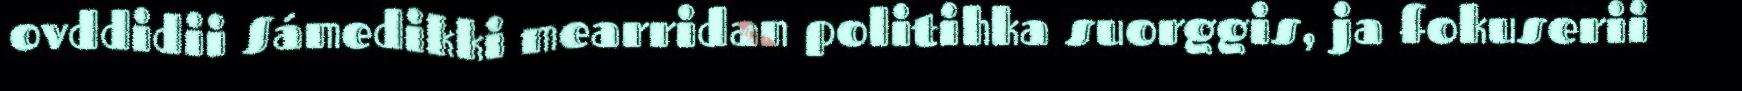
ovddidii Sámedikki mearridan politihka suorggis, ja fokuserii